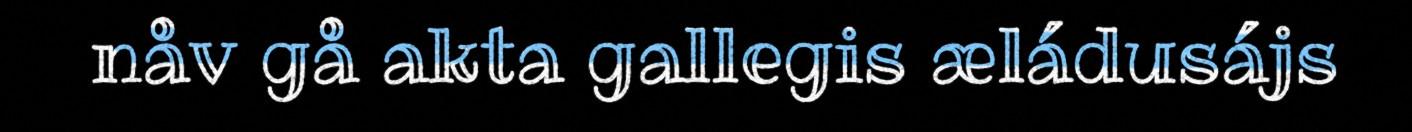
nåv gå akta gallegis æládusájs